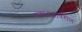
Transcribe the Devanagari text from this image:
कपडय़ावरील